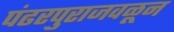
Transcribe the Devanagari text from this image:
पंढरपुराजवळून